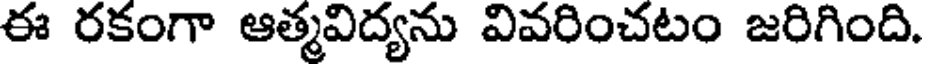
ఈ రకంగా ఆత్మవిద్యను వివరించటం జరిగింది.